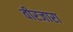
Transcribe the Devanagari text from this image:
वीरजारा